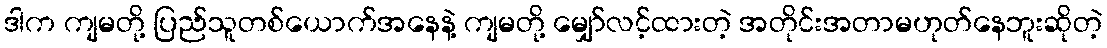
ဒါက ကျမတို့ ပြည်သူတစ်ယောက်အနေနဲ့ ကျမတို့ မျှော်လင့်ထားတဲ့ အတိုင်းအတာမဟုတ်နေဘူးဆိုတဲ့